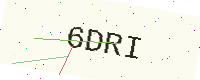
Text: 6DRI